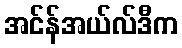
အင်န်အယ်လ်ဒီက